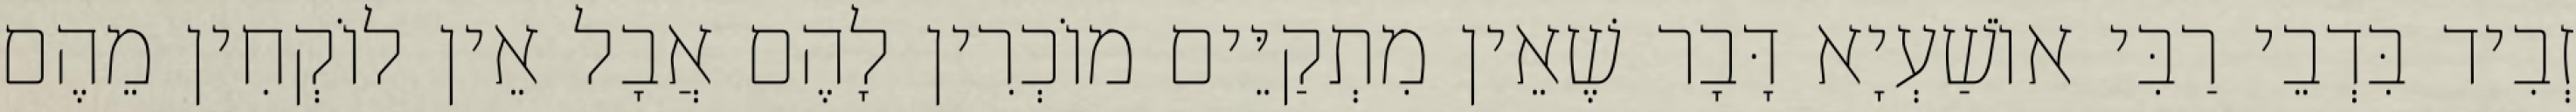
זְבִיד בִּדְבֵי רַבִּי אוֹשַׁעְיָא דָּבָר שֶׁאֵין מִתְקַיֵּים מוֹכְרִין לָהֶם אֲבָל אֵין לוֹקְחִין מֵהֶם